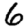
Digit: 6